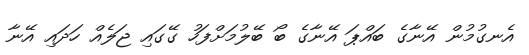
އެނގުމުން އޭނާގެ ބައްޕަ އޭނާގެ ބޯ ބޭލުމަށްފަހު ގޭގައި ޖަލެއް ހަދައި އޭނާ